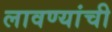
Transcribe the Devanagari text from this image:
लावण्यांची